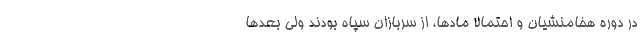
در دوره هخامنشیان و احتمالا مادها، از سربازان سپاه بودند ولی بعدها